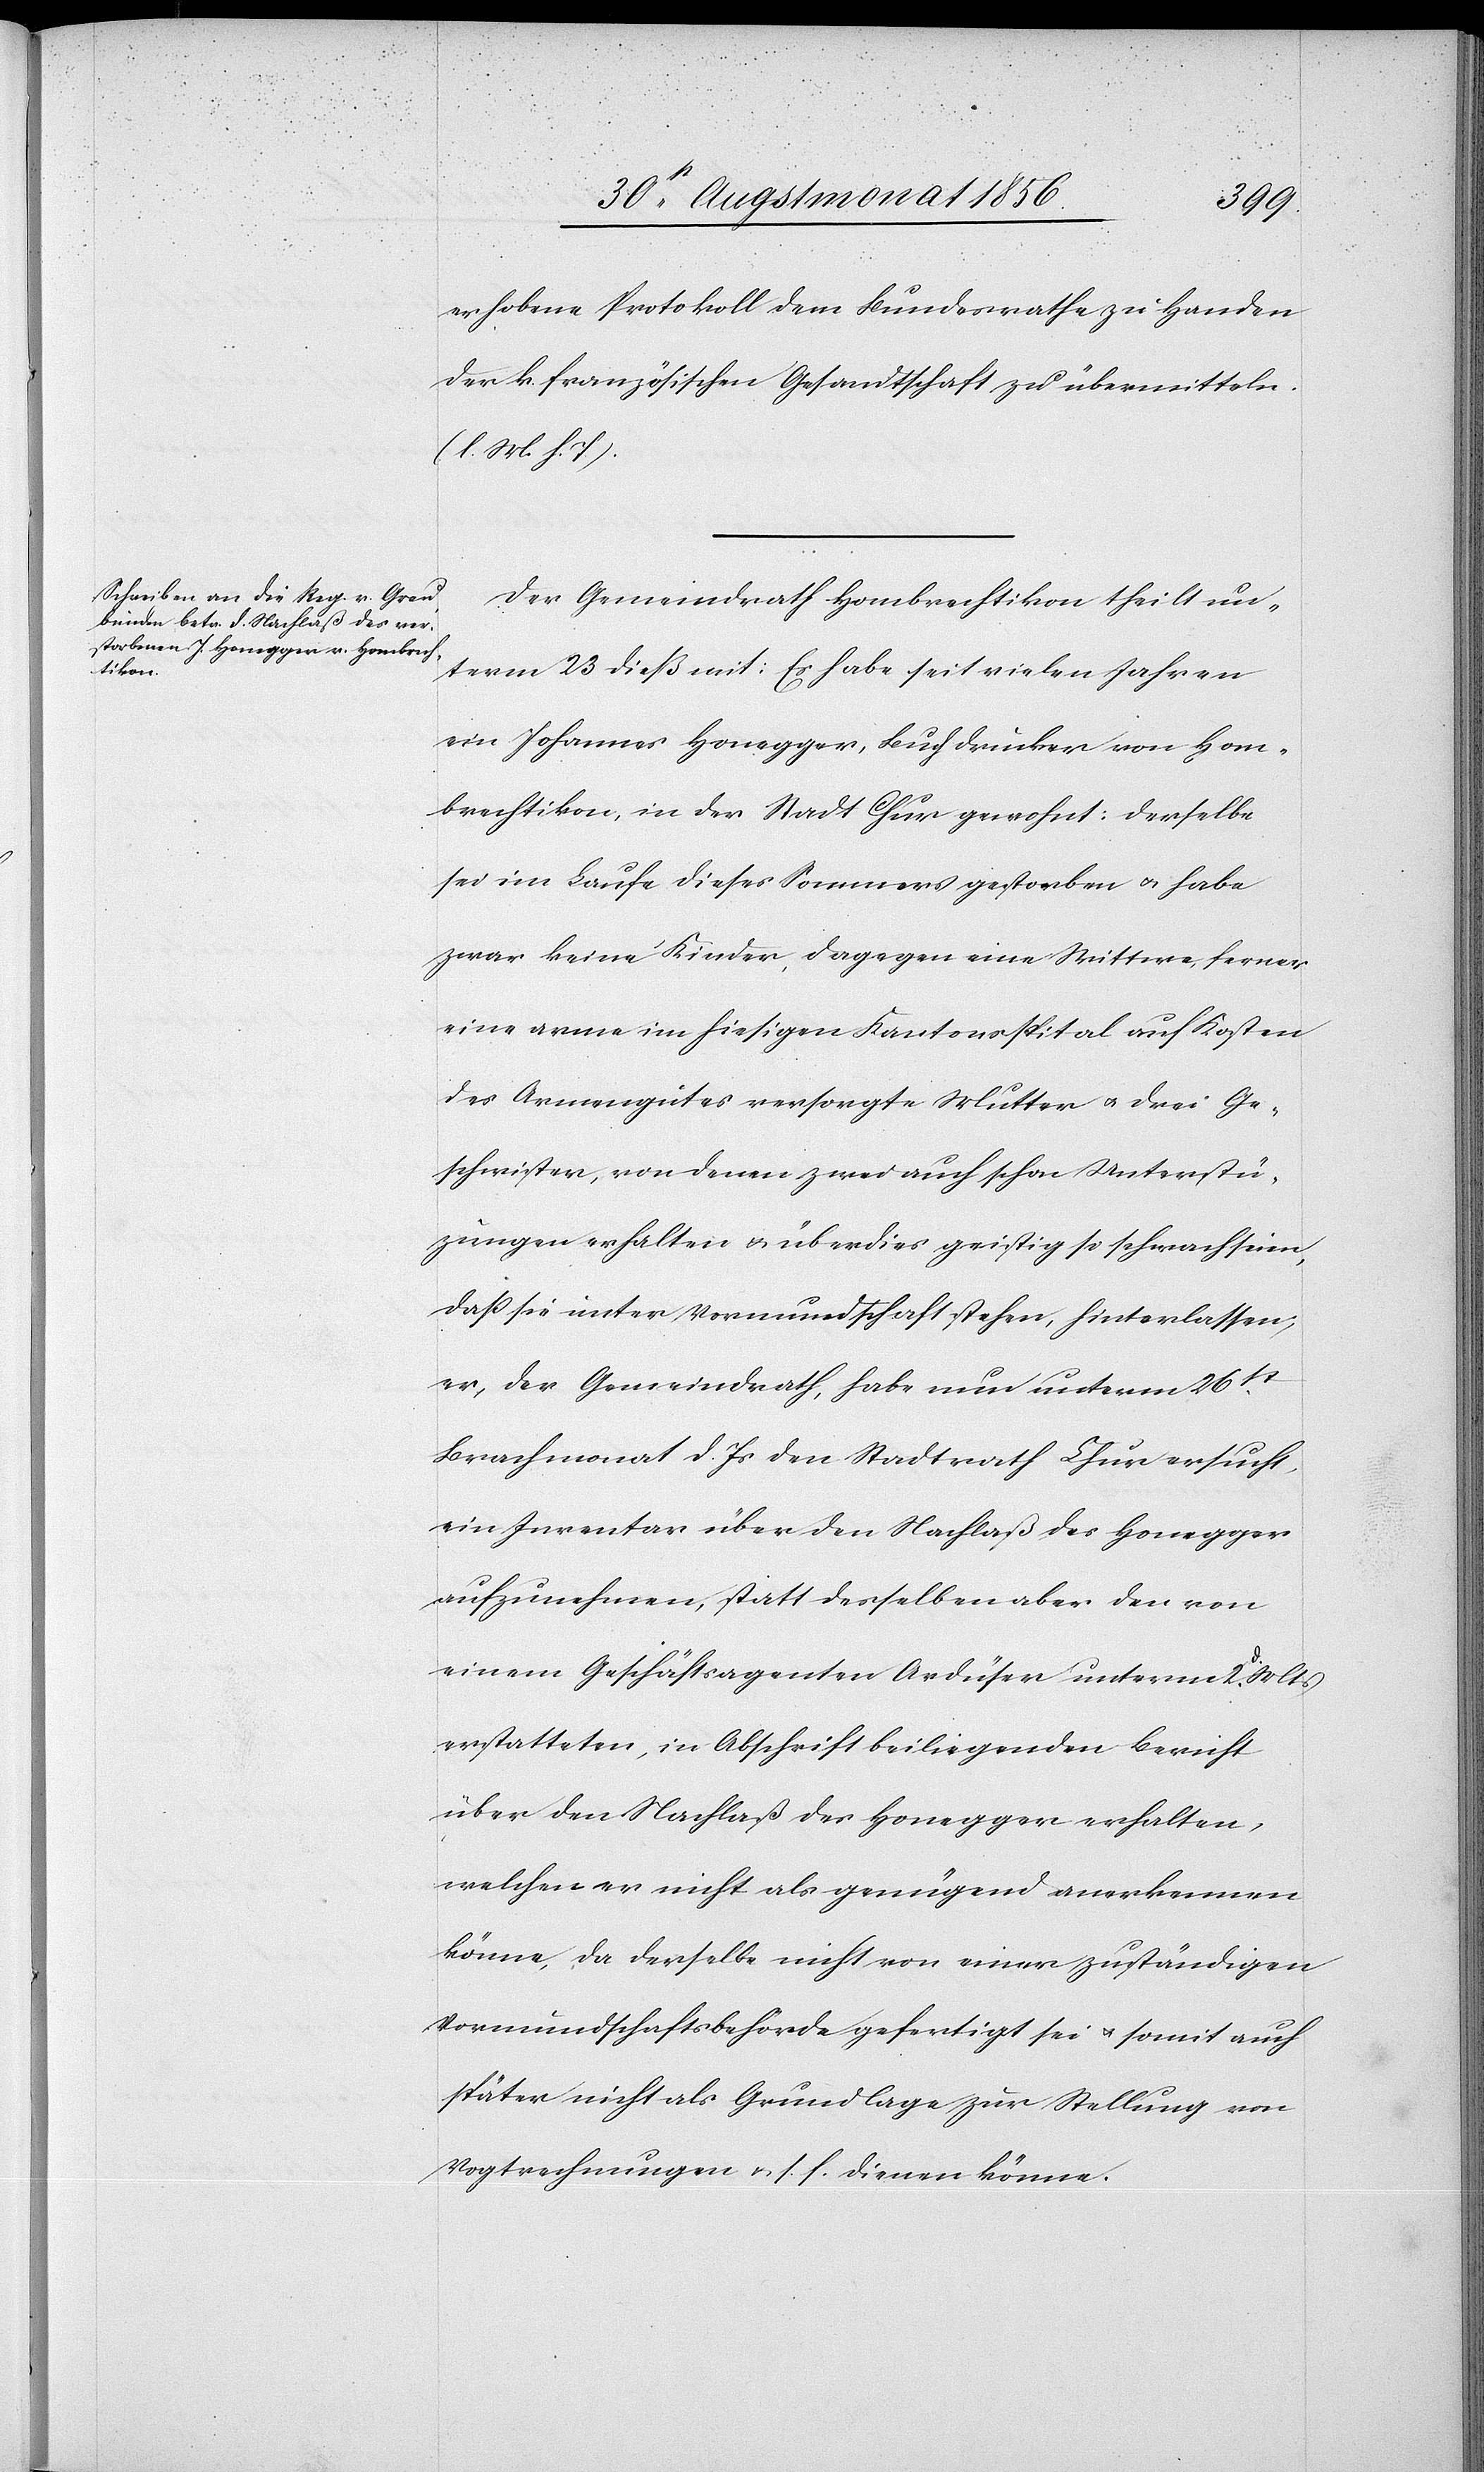
erhobene Protokoll dem Bundesrathe zu Handen
der k. französischen Gesandtschaft zu übermitteln.
(l. M. h. T.)
Der Gemeindrath Hombrechtikon theilt un¬
term 23 dieß mit: Es habe seit vielen Jahren
ein Johannes Honegger, Buchdrucker von Hom¬
brechtikon, in der Stadt Chur gewohnt: Derselbe
sei im Laufe dieses Sommers gestorben u. habe
zwar keine Kinder, dagegen eine Wittwe, ferner
eine arme im hiesigen Kantonsspital auf Kosten
des Armengutes versorgte Mutter u. drei Ge¬
schwister, von denen zwei auch schon Unterstü¬
tzungen erhalten u. überdies geistig so schwach seien,
dass sie unter Vormundschaft stehen, hinterlassen;
er, der Gemeindrath, habe nun unterm 26st
Brachmonat d. Js den Stadtrath Chur ersucht,
ein Inventar über den Nachlaß des Honegger
aufzunehmen, statt desselben aber den von
einem Geschäftsagenten Ardüser unterm 2. d. Mts
erstatteten, in Abschrift beiliegenden Bericht
über den Nachlaß des Honegger erhalten,
welchen er nicht als genügend anerkennen
könne, da derselbe nicht von einer zuständigen
Vormundschaftsbehörde gefertigt sei u. somit auch
später nicht als Grundlage zur Stellung von
Vogtrechnungen u. s. f. dienen könne.